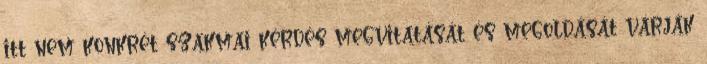
itt nem konkrét szakmai kérdés megvitatását és megoldását várják